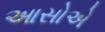
આસોએ